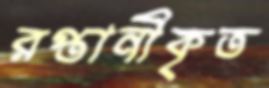
রপ্তানীকৃত